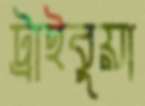
ট্রাইবুয়া